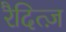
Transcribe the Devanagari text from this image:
रैदित्ज़